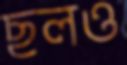
ছলও